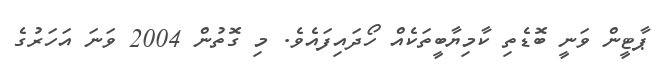
ޕާޓީން ވަނީ ބޮޑެތި ކާމިޔާބީތަކެއް ހޯދައިފައެވެ. މި ގޮތުން 2004 ވަނަ އަހަރުގެ